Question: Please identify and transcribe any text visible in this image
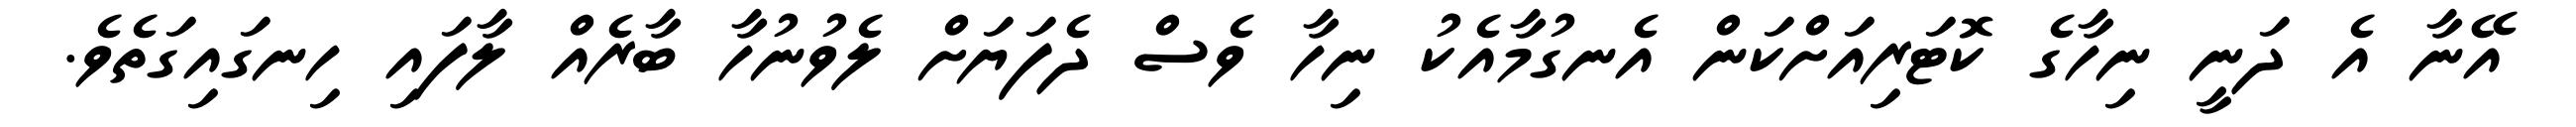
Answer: އޭނާ އެ ދަނީ ނިހާގެ ކޮޓަރިއަށްކަން އެނގުމާއެކު ނިހާ ވެސް ދެފަޔަށް ލެވުނުހާ ބާރެއް ލާފައި ހިނގައިގަތެވެ.